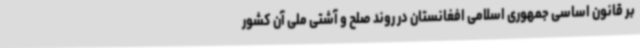
بر قانون اساسی جمهوری اسلامی افغانستان در روند صلح و آشتی ملی آن کشور